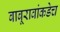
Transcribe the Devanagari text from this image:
बाबूरावांकडेच